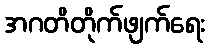
အဂတိတိုက်ဖျက်ရေး